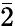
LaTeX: \bar{2}